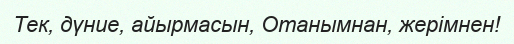
Тек, дүние, айырмасын, Отанымнан, жерімнен!